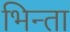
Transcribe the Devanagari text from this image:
भिन्ता